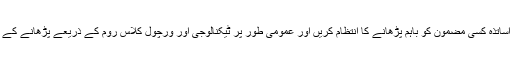
اشتراکی ٹیچنگ: جب پارٹنر یونیورسٹی کے ایک یا ایک سے زیادہ اساتذہ کسی مضمون کو باہم پڑھانے کا انتظام کریں اور عمومی طور پر ٹیکنالوجی اور ورچول کلاس روم کے ذریعے پڑھانے کے عمل کو ممکن بنانے کو مشترک ٹیچنگ کی صورت بن سکتی ہے۔